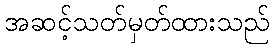
အဆင့်သတ်မှတ်ထားသည်